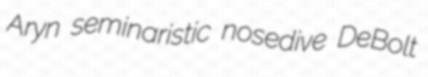
Aryn seminaristic nosedive DeBolt